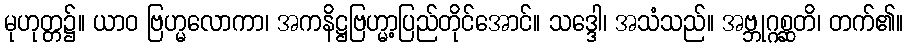
မုဟုတ္တ၌။ ယာဝ ဗြဟ္မလောကာ၊ အကနိဋ္ဌဗြဟ္မာ့ပြည်တိုင်အောင်။ သဒ္ဒေါ၊ အသံသည်။ အဗ္ဘုဂ္ဂစ္ဆတိ၊ တက်၏။